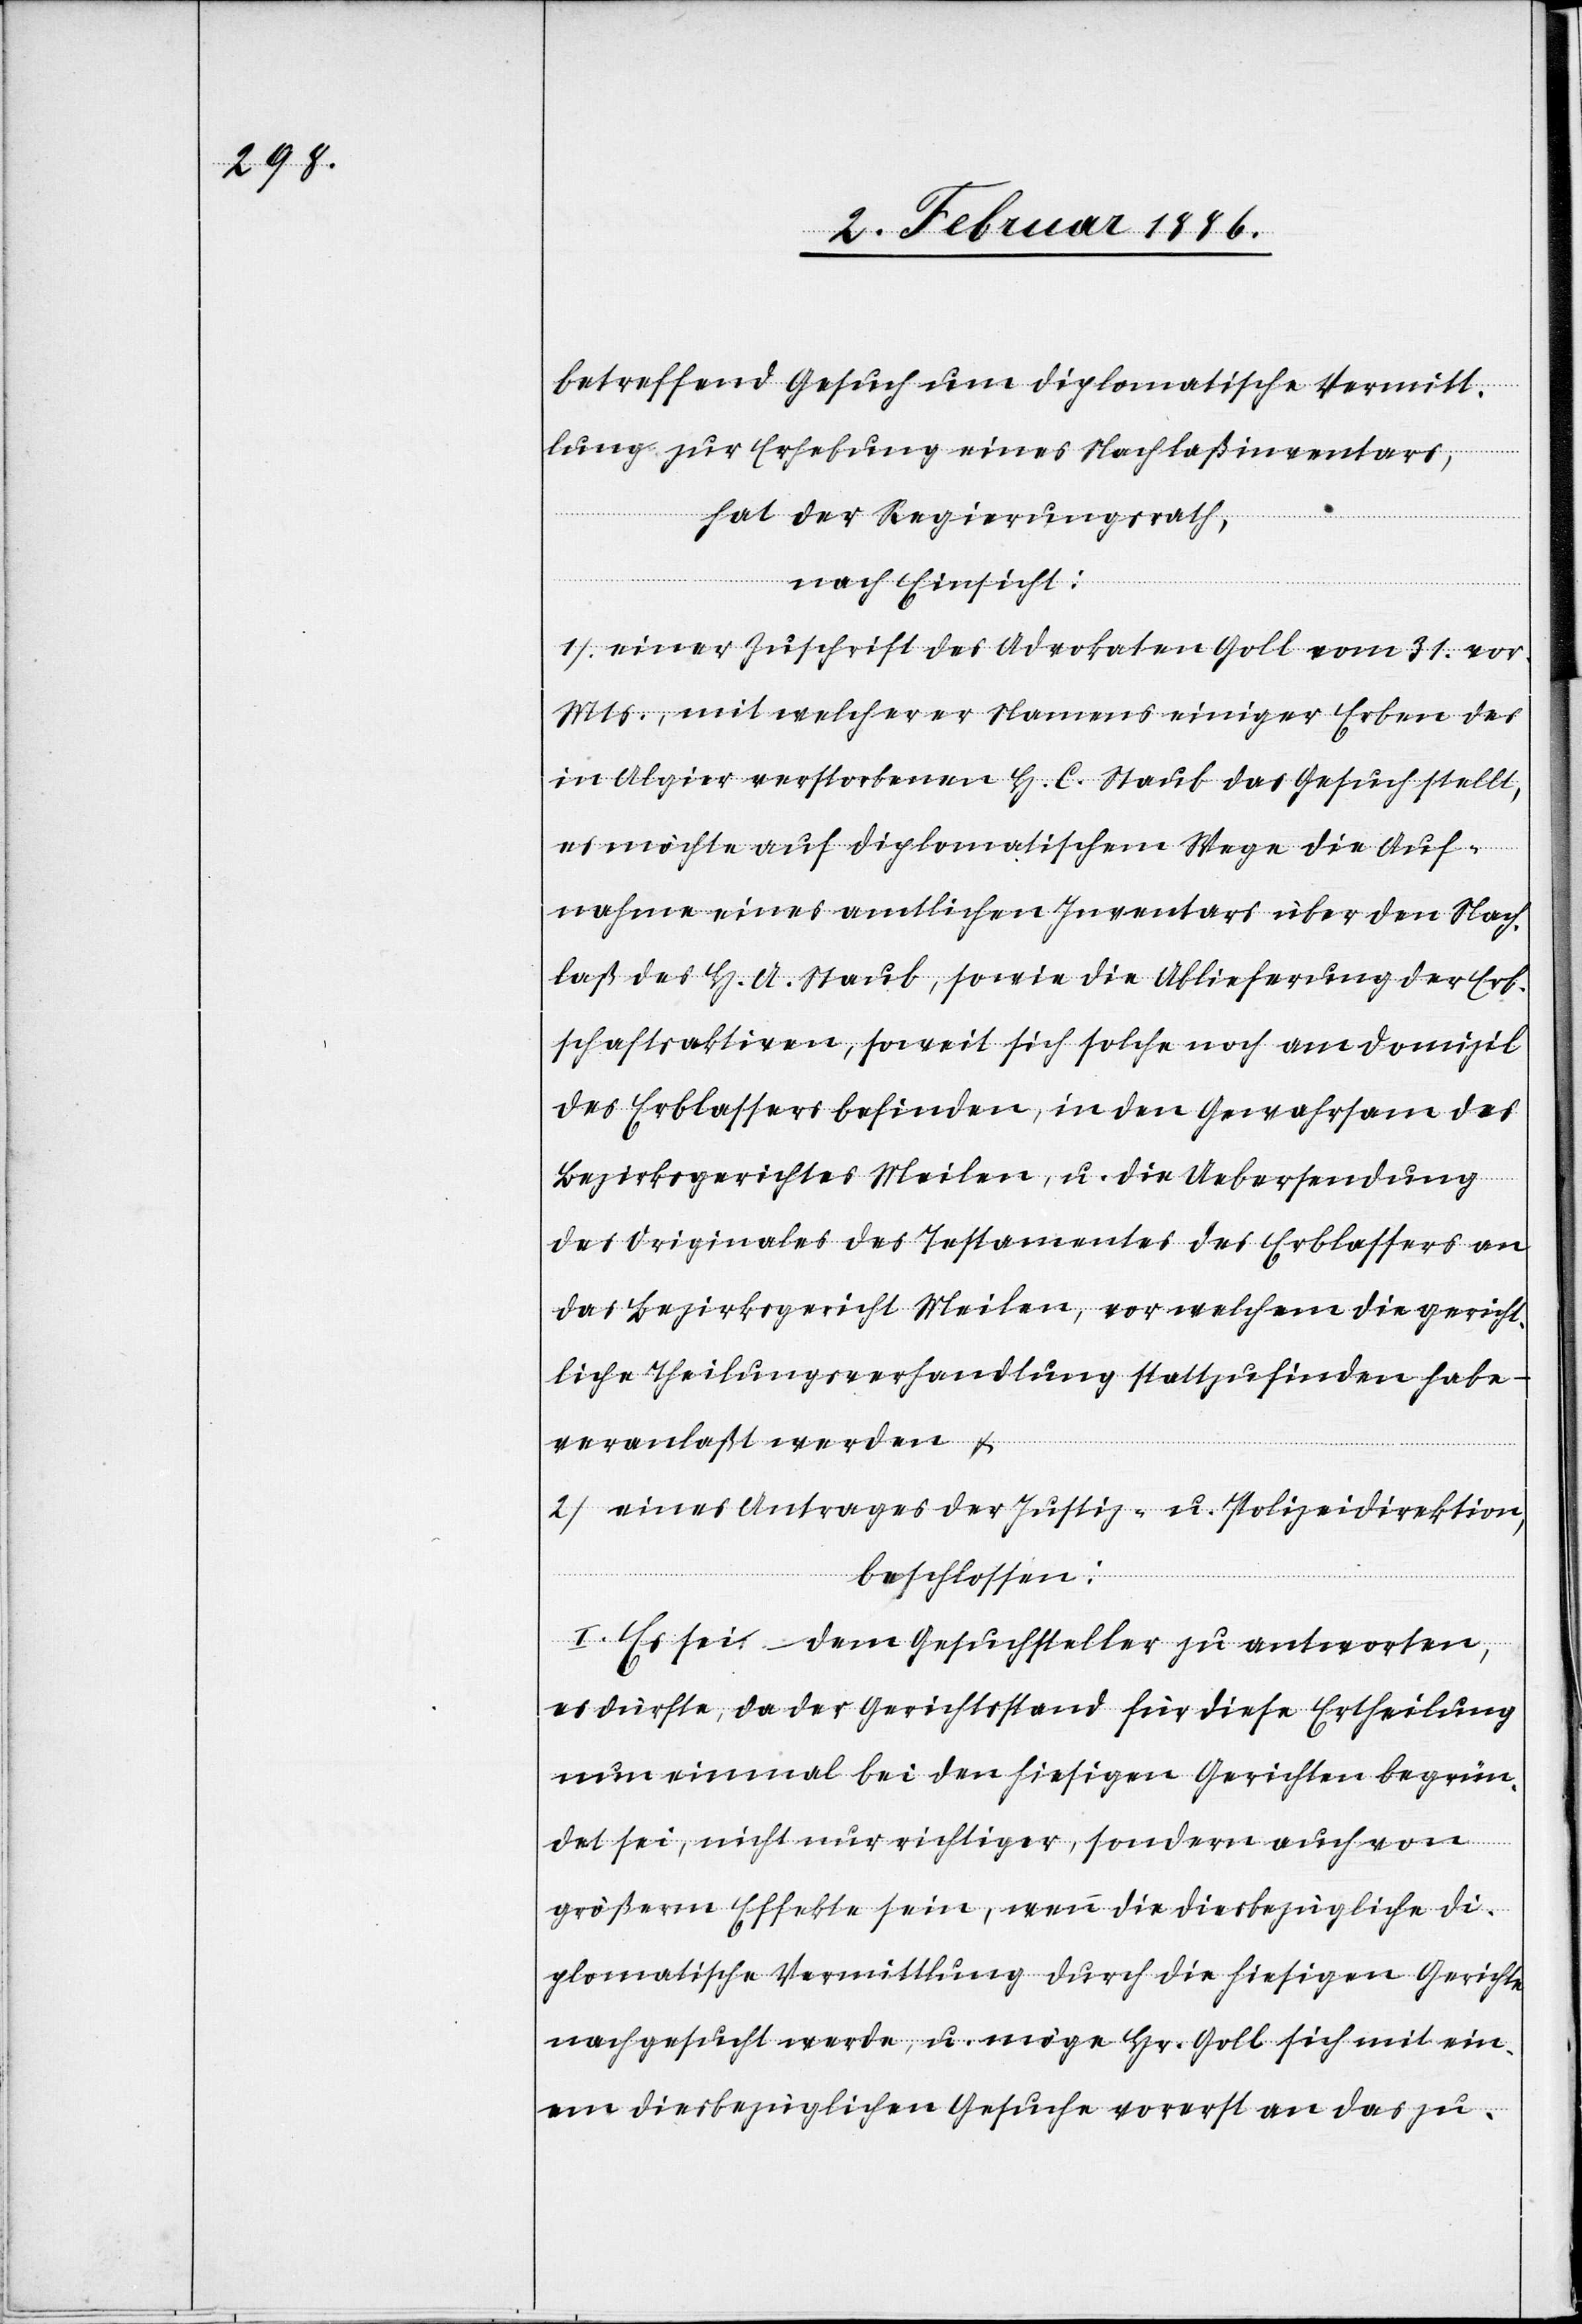
betreffend Gesuch um diplomatische Vermitt¬
lung zur Erhebung eines Nachlaßinventars,
hat der Regierungsrath,
nach Einsicht:
1) einer Zuschrift des Advokaten Goll vom 31. vor.
Mts., mit welcher er Namens einiger Erben des
in Algier verstorbenen H. C. Staub das Gesuch stellt,
es möchte auf diplomatischem Wege die Auf¬
nahme eines amtlichen Inventars über den Nach¬
laß des H. A. Staub, sowie die Ablieferung der Erb¬
schaftsaktiven, soweit sich solche noch am Domizil
des Erblassers befinden, in den Gewahrsam des
Bezirksgerichtes Meilen, u. die Uebersendung
des Originales des Testamentes des Erblassers an
das Bezirksgericht Meilen, vor welchem die gericht¬
liche Theilungsverhandlung stattgefunden habe
veranlaßt werden &
2) eines Antrages der Justiz- u. Polizeidirektion,
beschlossen:
I. Es sei dem Gesuchsteller zu antworten,
es dürfte, da der Gerichtstand für diese Ertheilung
nun einmal bei den hiesigen Gerichten begrün¬
det sei, nicht nur richtiger, sondern auch von
größerm Effekte sein, wenn die diesbezügliche di¬
plomatische Vermittlung durch die hiesigen Gerichte
nachgesucht werde, u. möge Hr. Goll sich mit ein¬
em diesbezüglichen Gesuche vorerst an das zu-